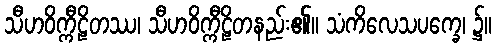
သီဟဝိက္ကီဠိတဿ၊ သီဟဝိက္ကီဠိတနည်း၏။ သံကိလေသပက္ခေ၊ ၌။